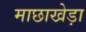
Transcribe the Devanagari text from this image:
माछाखेड़ा